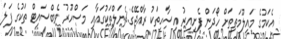
އެކަމުގެ މައިލޫމަތިތަށް ހޯދަން ފެށިއިރު އިސާހިތަކު ރާއްޖޭގެ.ޗެނަލްތަކުގައާއި މަސްހޫރު ވެބްސައިޓް ތަކުގެ ފަލަ